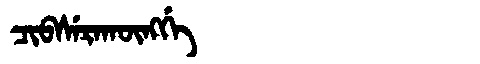
Manchu: ᠴᡳᠪᠰᡝᡵᠠᡴᡡᠩᡤᡝ
Romanization: CIBSERAKŪNGGE